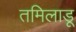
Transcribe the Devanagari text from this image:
तमिलाडू